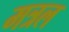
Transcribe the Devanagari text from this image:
मत्रल